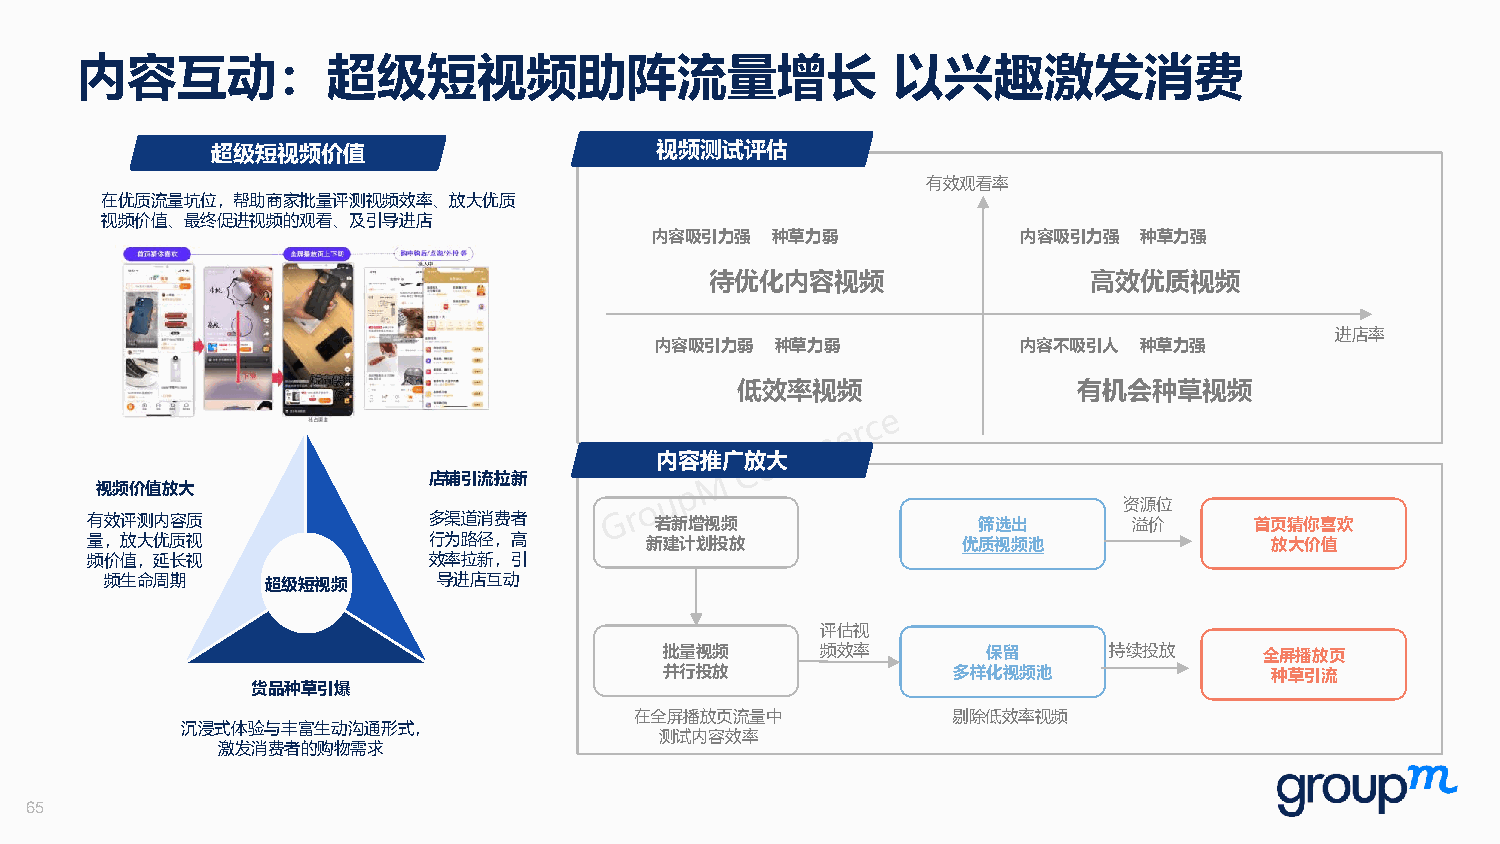
内容互动：超级短视频助阵流量增长                                      以兴趣激发消费
 超级短视频价值                      视频测试评估
 有效观看率
 在优质流量坑位，帮助商家批量评测视频效率、放大优质
 视频价值、最终促进视频的观看、及引导进店
 内容吸引力强  种草力弱             内容吸引力强  种草力强
 待优化内容视频                  高效优质视频
 进店率
 内容吸引力弱  种草力弱             内容不吸引人 种草力强
 低效率视频                 有机会种草视频
 内容推广放大
 店铺引流拉新
 视频价值放大
 资源位
 有效评测内容质               多渠道消费者         若新增视频                 筛选出       溢价      首页猜你喜欢
 量，放大优质视               行为路径，高         新建计划投放               优质视频池               放大价值
 频价值，延长视               效率拉新，引
 频生命周期      超级短视频      导进店互动
 评估视
 批量视频      频效率        保留      持续投放       全屏播放页
 并行投放               多样化视频池               种草引流
 货品种草引爆
 在全屏播放页流量中            剔除低效率视频
 沉浸式体验与丰富生动沟通形式，
 测试内容效率
 激发消费者的购物需求
 65